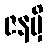
ဇနမှိ